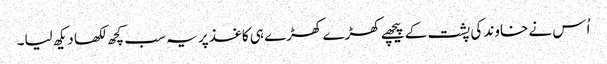
اُس نے خاوند کی پشت کے پیچھے کھڑے کھڑے ہی کاغذ پر یہ سب کچھ لکھا دیکھ لیا۔